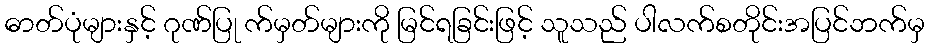
ဓာတ်ပုံများနှင့် ဂုဏ်ပြု က်မှတ်များကို မြင်ရခြင်းဖြင့် သူသည် ပါလက်စတိုင်းအပြင်ဘက်မှ